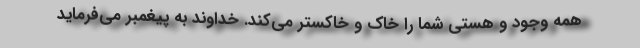
همه وجود و هستی شما را خاک و خاکستر می‌کند. خداوند به پیغمبر می‌فرماید